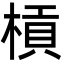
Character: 槓